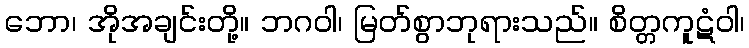
ဘော၊ အိုအချင်းတို့။ ဘဂဝါ၊ မြတ်စွာဘုရားသည်။ စိတ္တကူဋံဝါ၊